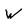
Character: W